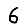
Digit: 6